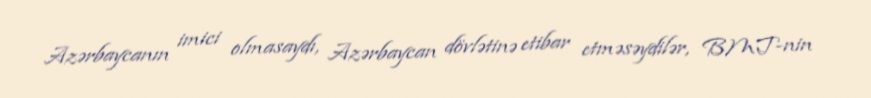
Azərbaycanın imici olmasaydı, Azərbaycan dövlətinə etibar etməsəydilər, BMT-nin